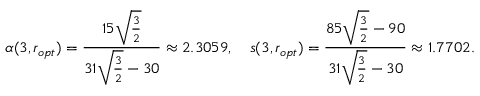
\alpha ( 3 , r _ { o p t } ) = \frac { 1 5 \sqrt { \frac { 3 } { 2 } } } { 3 1 \sqrt { \frac { 3 } { 2 } } - 3 0 } \approx 2 . 3 0 5 9 , \ \ \ s ( 3 , r _ { o p t } ) = \frac { 8 5 \sqrt { \frac { 3 } { 2 } } - 9 0 } { 3 1 \sqrt { \frac { 3 } { 2 } } - 3 0 } \approx 1 . 7 7 0 2 .